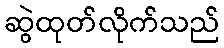
ဆွဲထုတ်လိုက်သည်